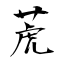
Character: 萀